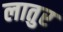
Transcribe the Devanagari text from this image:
लातुर